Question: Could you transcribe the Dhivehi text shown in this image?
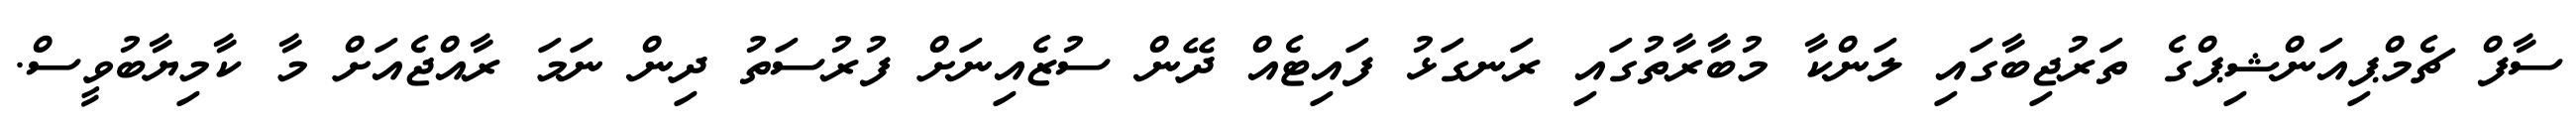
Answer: ސާފް ޗެމްޕިއަންޝިޕްގެ ތަރުޖިބާގައި ލަންކާ މުބާރާތުގައި ރަނގަޅު ފައިޓެއް ދޭން ސުޒެއިނަށް ފުރުސަތު ދިން ނަމަ ރާއްޖެއަށް މާ ކާމިޔާބުވީސް.